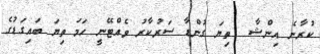
ކުރާނެ އިންޝާ  ތިޔަ ގުންޑާ ސަރުކާރު ވެއްޓޭނީ ހަމަ ތިޔަ ބައިގަޑުގެ